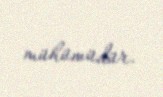
mühümüdür.